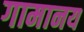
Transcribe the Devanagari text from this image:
गामानय